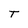
Character: T